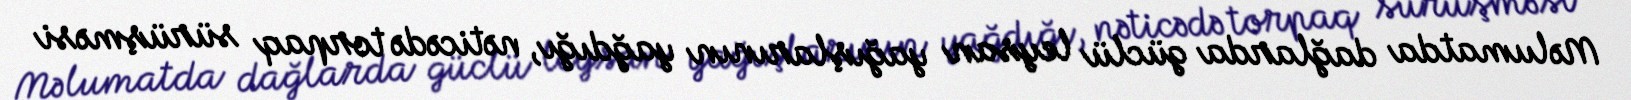
Məlumatda dağlarda güclü leysan yağışlarının yağdığı, nəticədə torpaq sürüşməsi